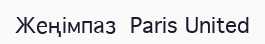
Жеңімпаз  Paris United